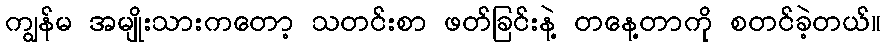
ကျွန်မ အမျိုးသားကတော့ သတင်းစာ ဖတ်ခြင်းနဲ့ တနေ့တာကို စတင်ခဲ့တယ်။